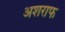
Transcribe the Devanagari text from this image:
अशराफ